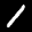
Label: 1